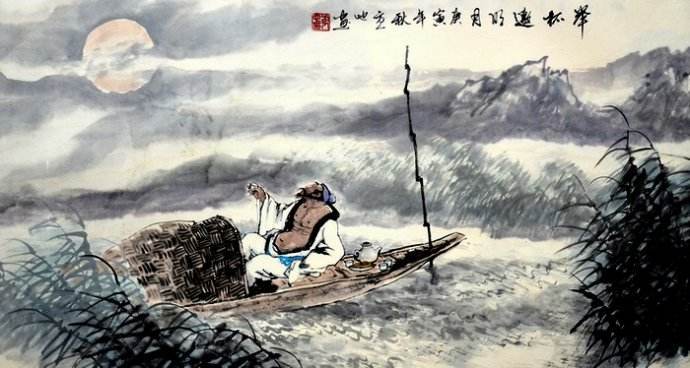
碧海年年，试问取冰轮为谁圆缺？